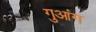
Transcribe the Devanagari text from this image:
गुआंग